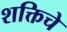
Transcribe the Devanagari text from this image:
शक्तिचे